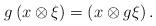
LaTeX: \begin{align*}g \left(x \otimes \xi\right) = \left(x \otimes g\xi\right).\end{align*}